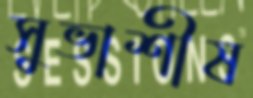
সুভাশীষ